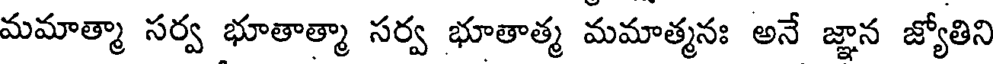
మమాత్మా సర్వ భూతాత్మా సర్వ భూతాత్మ మమాత్మనః అనే జ్ఞాన జ్యోతిని